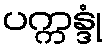
ပက္ကန္ဒုံ